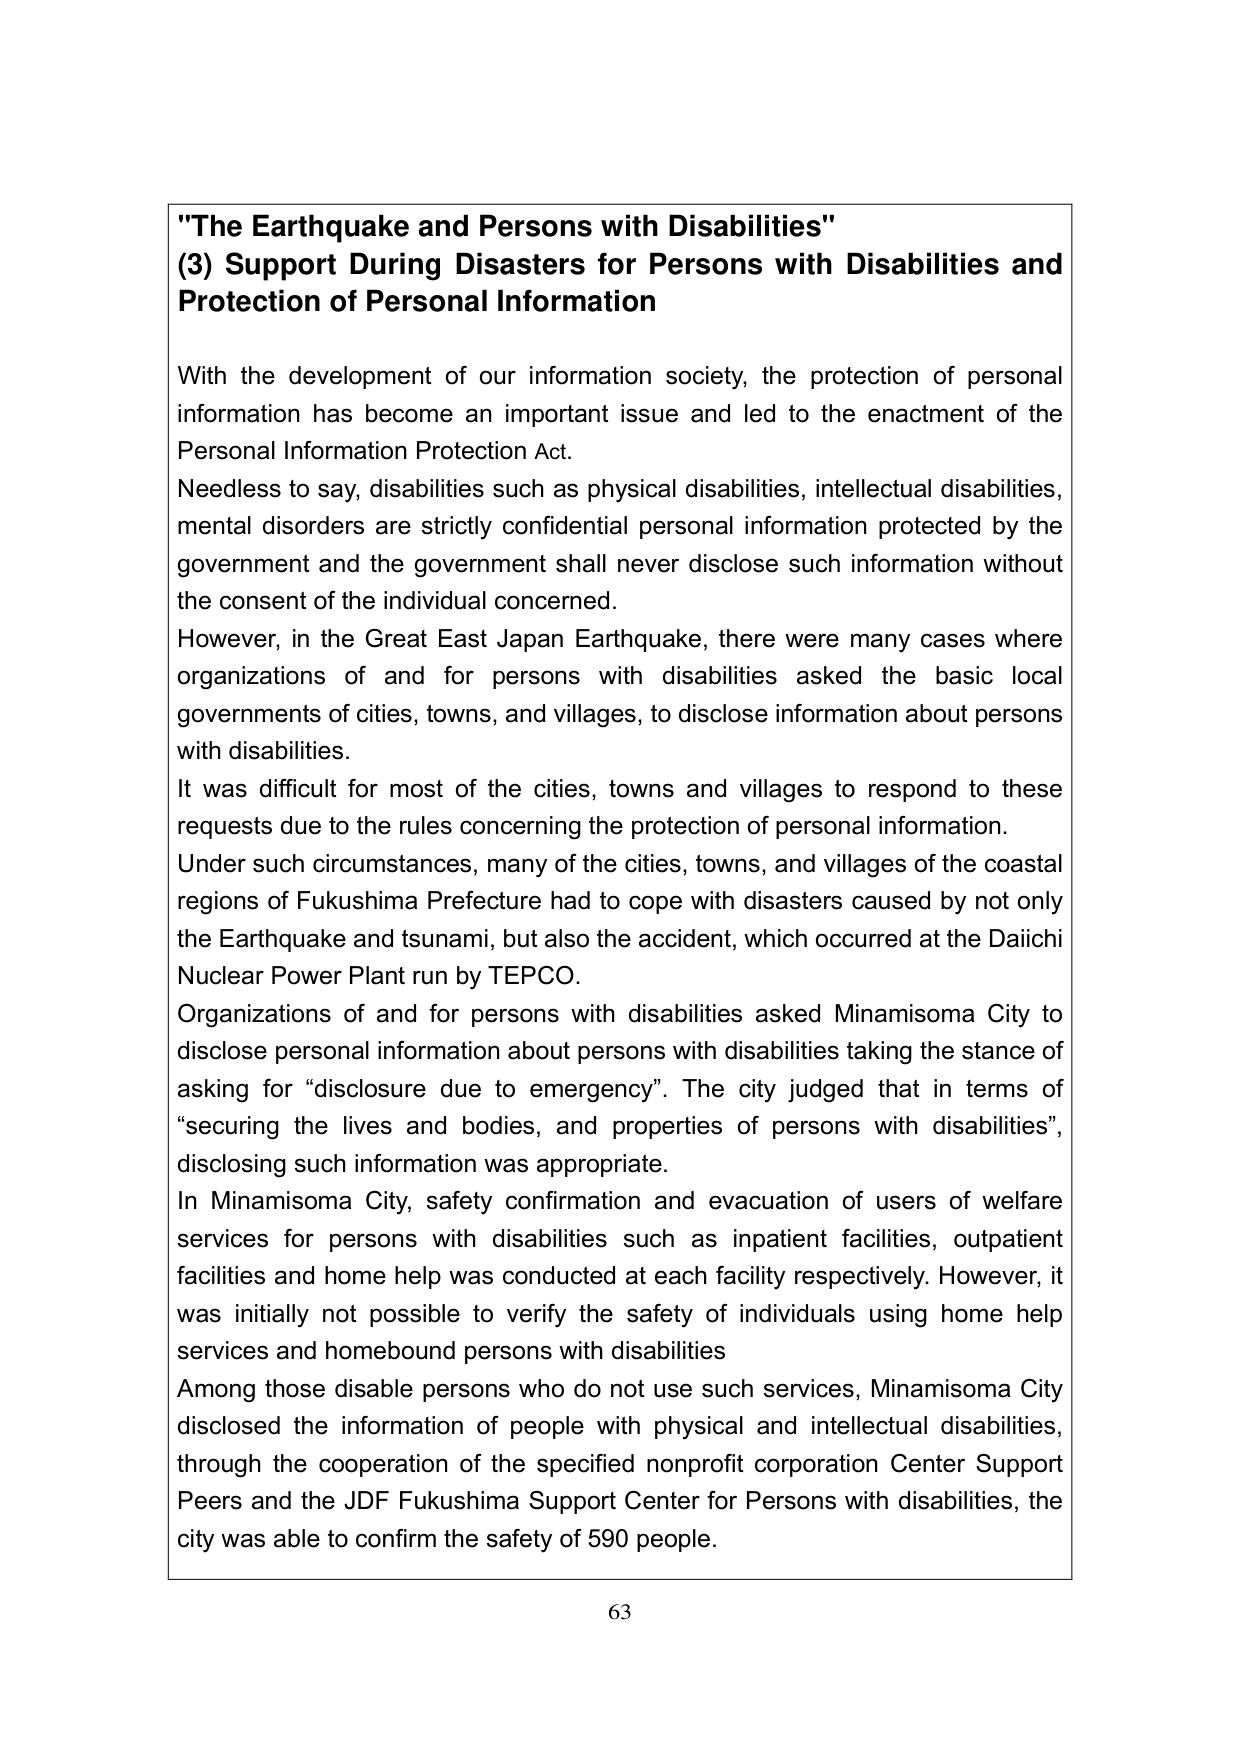
"The Earthquake and Persons with Disabilities"
(3) Support During Disasters for Persons with Disabilities and Protection of Personal Information

With the development of our information society, the protection of personal information has become an important issue and led to the enactment of the Personal Information Protection Act.
Needless to say, disabilities such as physical disabilities, intellectual disabilities, mental disorders are strictly confidential personal information protected by the government and the government shall never disclose such information without the consent of the individual concerned.
However, in the Great East Japan Earthquake, there were many cases where organizations of and for persons with disabilities asked the basic local governments of cities, towns, and villages, to disclose information about persons with disabilities.
It was difficult for most of the cities, towns and villages to respond to these requests due to the rules concerning the protection of personal information.
Under such circumstances, many of the cities, towns, and villages of the coastal regions of Fukushima Prefecture had to cope with disasters caused by not only the Earthquake and tsunami, but also the accident, which occurred at the Daiichi Nuclear Power Plant run by TEPCO.
Organizations of and for persons with disabilities asked Minamisoma City to disclose personal information about persons with disabilities taking the stance of asking for “disclosure due to emergency”. The city judged that in terms of “securing the lives and bodies, and properties of persons with disabilities”, disclosing such information was appropriate.
In Minamisoma City, safety confirmation and evacuation of users of welfare services for persons with disabilities such as inpatient facilities, outpatient facilities and home help was conducted at each facility respectively. However, it was initially not possible to verify the safety of individuals using home help services and homebound persons with disabilities
Among those disable persons who do not use such services, Minamisoma City disclosed the information of people with physical and intellectual disabilities, through the cooperation of the specified nonprofit corporation Center Support Peers and the JDF Fukushima Support Center for Persons with disabilities, the city was able to confirm the safety of 590 people.

63